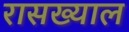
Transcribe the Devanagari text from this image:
रासख्याल